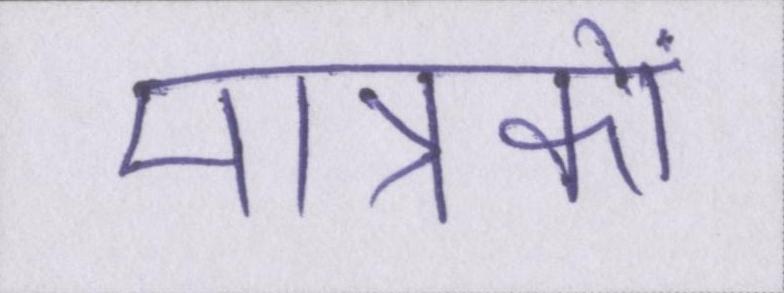
मात्रकों